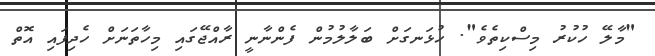
"މާލޭ ހުކުރު މިސްކިތެވެ". ހުޅަނގަށް ބަލާލުމުން ފެންނާނީ ރާއްޖޭގައި މިހާތަނަށް ހެދިފައި އޮތް